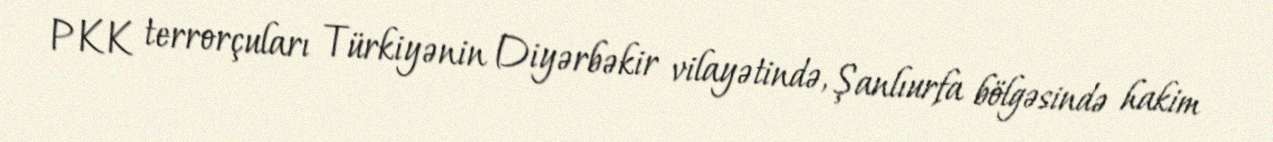
PKK terrorçuları Türkiyənin Diyərbəkir vilayətində, Şanlıurfa bölgəsində hakim